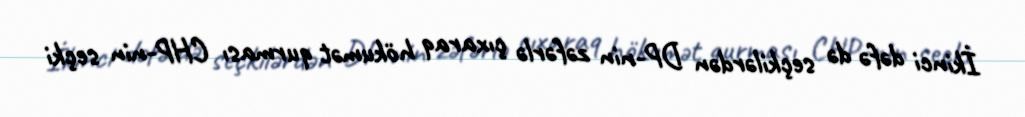
İkinci dəfə də seçkilərdən DP-nin zəfərlə çıxaraq hökumət qurması CHP-nin seçki